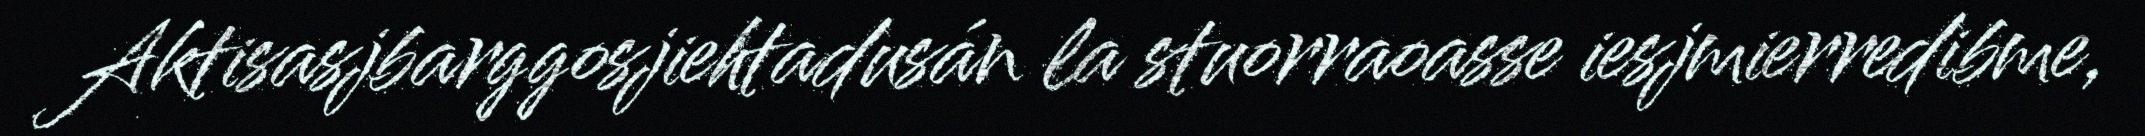
Aktisasjbarggosjiehtadusán la stuorraoasse iesjmierredibme,